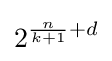
2^{{\frac {n}{k+1}}+d}